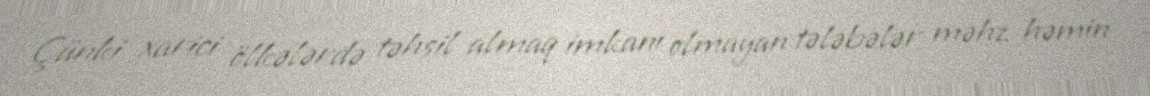
Çünki xarici ölkələrdə təhsil almaq imkanı olmayan tələbələr məhz həmin